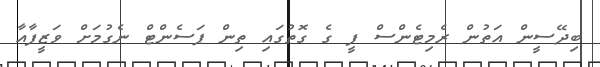
ބިދޭސީން އަތުން ރެމިޓެންސް ފީ ގެ ގޮތުގައި ތިން ޕަސެންޓް ނެގުމަށް ވަޒީފާއާ